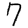
Digit: 7